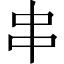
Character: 串